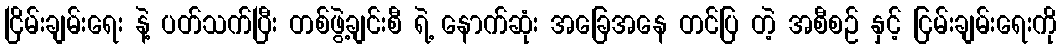
ငြိမ်းချမ်းရေး နဲ့ ပတ်သက်ပြီး တစ်ဖွဲ့ချင်းစီ ရဲ့ နောက်ဆုံး အခြေအနေ တင်ပြ တဲ့ အစီစဉ် နှင့် ငြမ်းချမ်းရေးကို